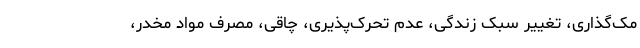
مک‌گذاری، تغییر سبک زندگی، عدم تحرک‌پذیری، چاقی، مصرف مواد مخدر،